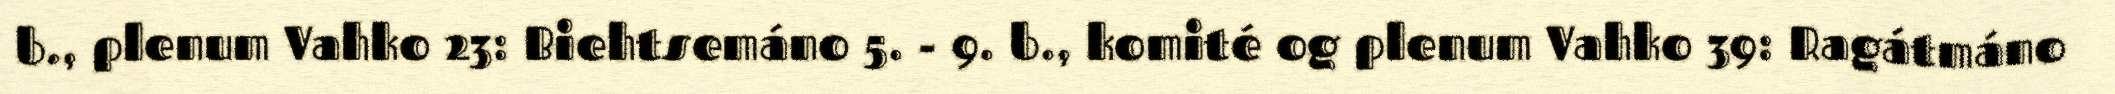
b., plenum Vahko 23: Biehtsemáno 5. - 9. b., komité og plenum Vahko 39: Ragátmáno